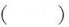
()